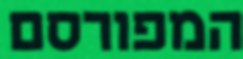
המפורסם